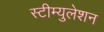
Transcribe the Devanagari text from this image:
स्टीम्युलेशन